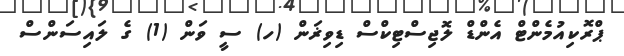
ޕްރޮކިއުމެންޓް އެންޑް ލޮޖިސްޓިކްސް ޑިވިޜަން (ހ) ސީ ވަން (1) ގެ ލައިސަންސް